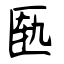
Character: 匦